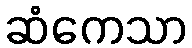
ဆံကေသာ